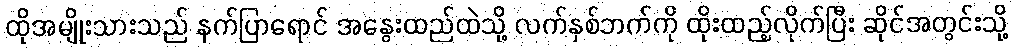
ထိုအမျိုးသားသည် နက်ပြာရောင် အနွေးထည်ထဲသို့ လက်နှစ်ဘက်ကို ထိုးထည့်လိုက်ပြီး ဆိုင်အတွင်းသို့